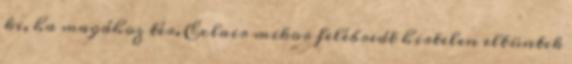
ki, ha magához tér. Eclair mikor felébredt hirtelen eltüntek